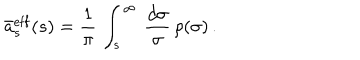
\bar { a } _ { s } ^ { \mathrm { e f f } } ( s ) = \frac { 1 } { \pi } \, \int _ { s } ^ { \infty } \, \frac { d \sigma } { \sigma } \, \rho ( \sigma ) \, .